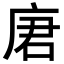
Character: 𪪒